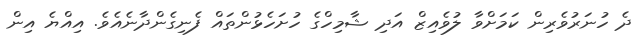
ދެ ހުނަރުވެރިން ކަމަށްވާ ލުވެއިޒް އަދި ޝާމިހްގެ ހުށަހެޅުންތައް ފެނިގެންދާނެއެވެ. އިއްޔެ އިން